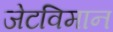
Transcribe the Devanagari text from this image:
जेटविमान